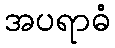
အပရာဓံ